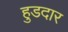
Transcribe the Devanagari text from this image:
हुडदार